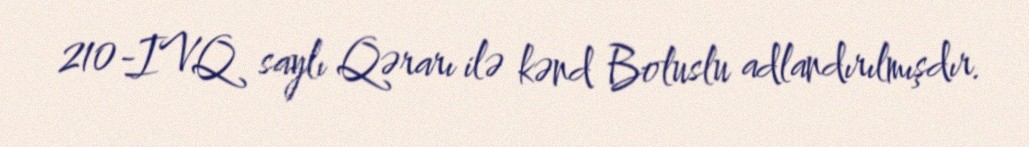
210-IVQ saylı Qərarı ilə kənd Boluslu adlandırılmışdır.